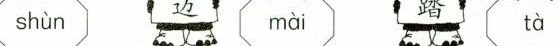
shùn mài tà